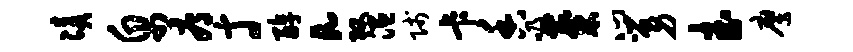
凑帛辱寸醇a攻温贱卡香吸麋心舅武鹰